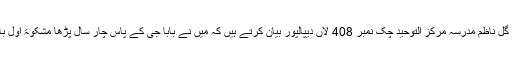
میاں محمد صادق گل ناظم مدرسہ مرکز التوحید چک نمبر 408 لاں دیپالپور بیان کرتے ہیں کہ میں نے بابا جی کے پاس چار سال پڑھا مشکوۃ اول بابا جی سے پڑھی۔